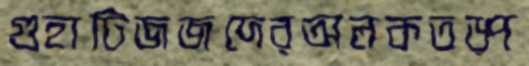
গুহাটিজজদেরঅলকতড়্‌প